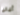
ألبانيا